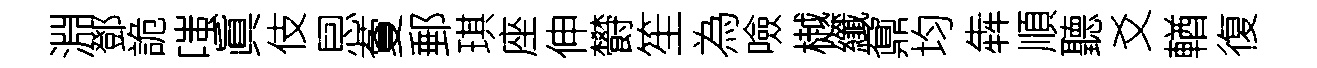
淵鄧詭嗤眞伎㤙藑郵琪座伸欎笙為噞樾纖鼐均犇順聽爻輶復